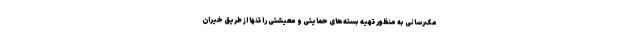
مک‌رسانی به منظور تهیه بسته‌های حمایتی و معیشتی را تنها از طریق خیران